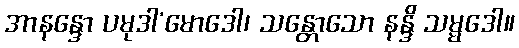
အာနန္ဒော ပမုဒါ’မောဒေါ၊ သန္တောသော နန္ဒိ သမ္မဒေါ။